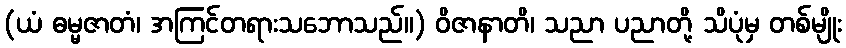
(ယံ ဓမ္မဇာတံ၊ အကြင်တရားသဘောသည်။) ဝိဇာနာတိ၊ သညာ ပညာတို့ သိပုံမှ တစ်မျိုး